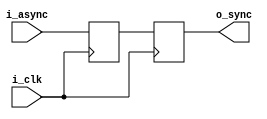
module negedge_sync (i_clk, i_async, o_sync);
   input  i_clk;
   input  i_async;
   output o_sync;

   reg 	  samp_rising;
   reg 	  o_sync;

   initial begin
      samp_rising <= 1'b0;
      o_sync <= 1'b0;
   end

   always @( posedge i_clk )
     samp_rising <= i_async;

   always @( negedge i_clk )
     o_sync <= samp_rising;

endmodule